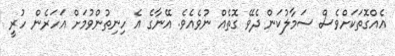
އެއްގޮތަކަށްވެސް ސަމާލުކަން ދެވޭ ގޮތެއް ނުވެއެވެ. އޭނާގެ އެ ހިނިތުންވުމަށް އަހަރެން ހުރީ